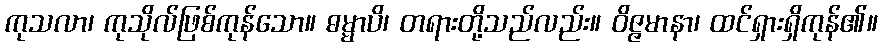
ကုသလာ၊ ကုသိုလ်ဖြစ်ကုန်သော။ ဓမ္မာပိ၊ တရားတို့သည်လည်း။ ဝိဇ္ဇမာနာ၊ ထင်ရှားရှိကုန်၏။